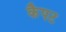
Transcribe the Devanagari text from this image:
कैपट